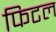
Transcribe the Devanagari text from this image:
फिटल